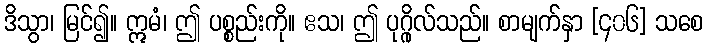
ဒိသွာ၊ မြင်၍။ ဣမံ၊ ဤ ပစ္စည်းကို။ ဧသ၊ ဤ ပုဂ္ဂိုလ်သည်။ စာမျက်နှာ [၄၀၆] သစေ